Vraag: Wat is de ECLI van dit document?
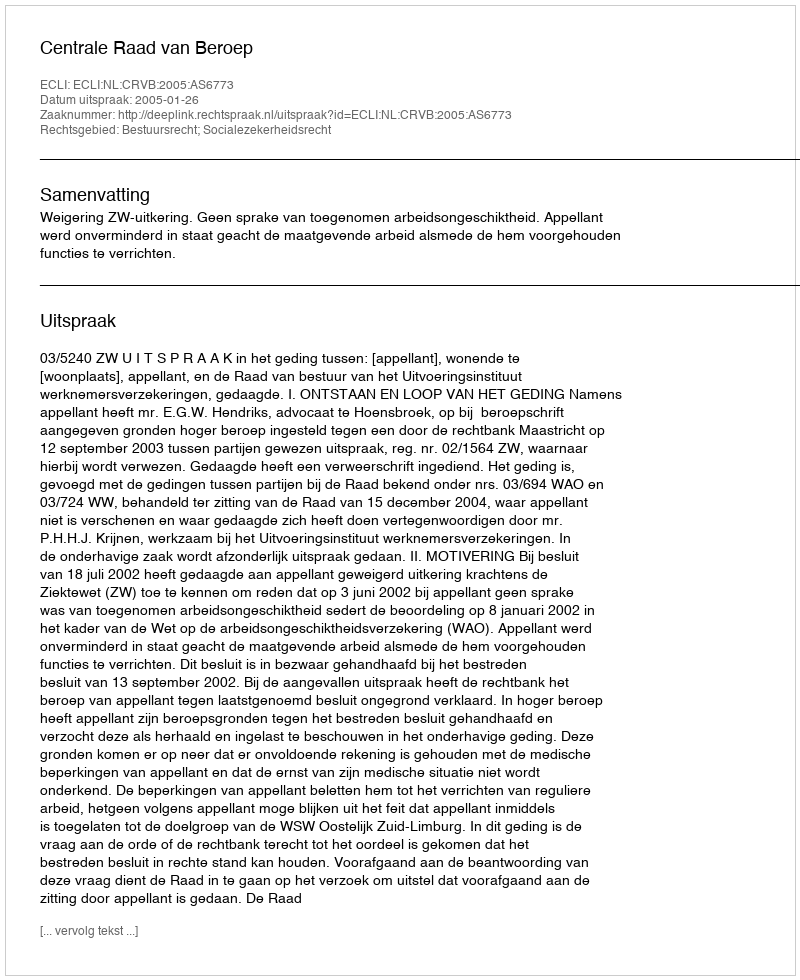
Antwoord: ECLI:NL:CRVB:2005:AS6773